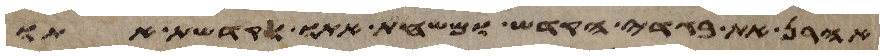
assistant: אהרן את בגדי הקדש ומשחת אתו וקדשת אתו